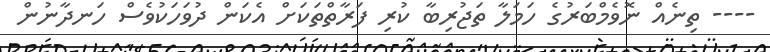
---- ތިނެއް ނޮވެމްބަރުގެ ހަމަލާ ތަޖުރިބާ ކުރި ފަރާތްތަކަށް އެކަން ދުވަހަކުވެސް ހަނދާނުން